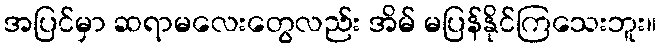
အပြင်မှာ ဆရာမလေးတွေလည်း အိမ် မပြန်နိုင်ကြသေးဘူး။